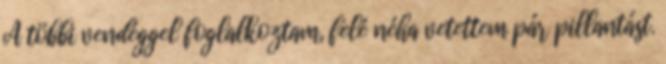
A többi vendéggel foglalkoztam, felé néha vetettem pár pillantást.